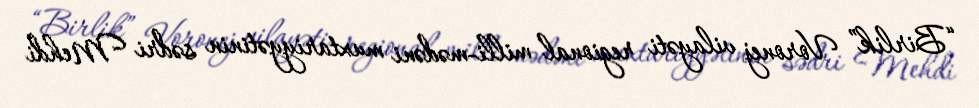
“Birlik” Voronej vilayəti regional milli-mədəni muxtariyyətinin sədri Mehdi